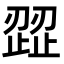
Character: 歰